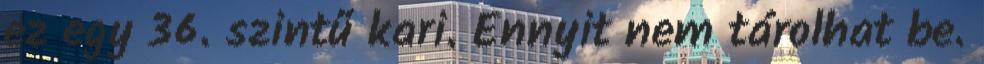
ez egy 36. szintű kari. Ennyit nem tárolhat be.